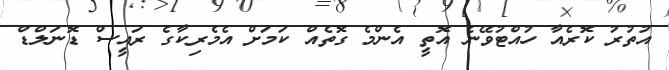
އުތުރު ކޮރެއާ ހުއްޓުވޭނެ އޮތީ އެންމެ ގޮތެއް ކަމަށް އެމެރިކާގެ ރައީސް ޑޮނަލްޑް